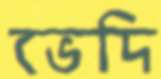
ভেদি